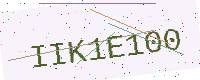
Text: IIK1E100